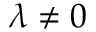
\lambda \neq 0